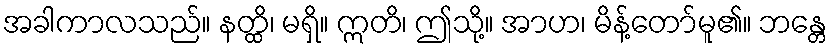
အခါကာလသည်။ နတ္ထိ၊ မရှိ။ ဣတိ၊ ဤသို့။ အာဟ၊ မိန့်တော်မူ၏။ ဘန္တေ